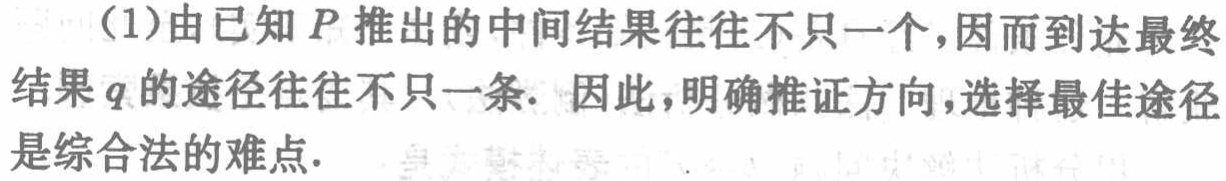
（1）由已知 \(P\) 推出的中间结果往往不只一个，因而到达最终结果 \(q\) 的途径往往不只一条. 因此，明确推证方向，选择最佳途径是综合法的难点.